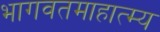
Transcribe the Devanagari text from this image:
भागवतमाहात्म्य